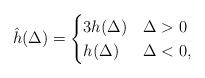
LaTeX: \begin{align*} \hat{h}(\Delta) = \begin{cases} 3h(\Delta) & \Delta > 0 \\ h(\Delta) & \Delta < 0, \end{cases}\end{align*}